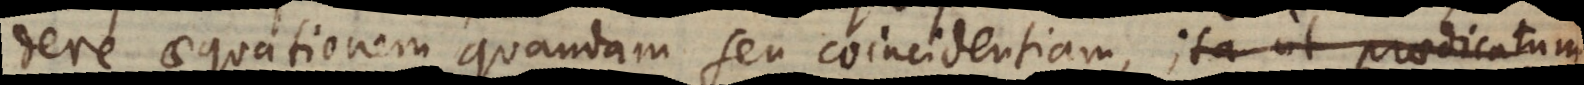
dere aequationem quandam seu coincidentiam, ita ut praedicatum